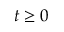
t \geq 0